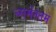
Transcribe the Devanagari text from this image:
च्समेंनतम